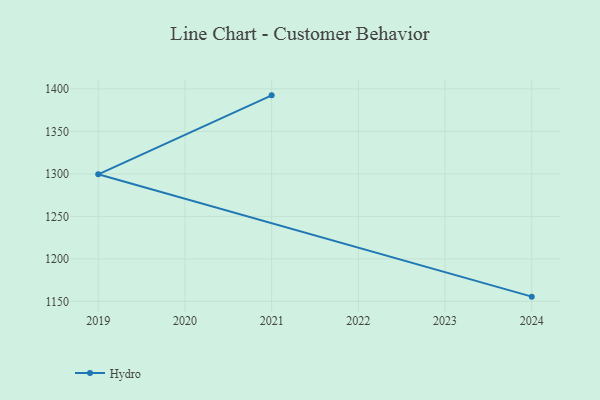
{"axis": {"x": "Year", "y": "Conversion Rate (%)"}, "legend": ["Hydro"], "data": [{"x": "2021", "y": 1392.4, "type": "Hydro"}, {"x": "2019", "y": 1299.5, "type": "Hydro"}, {"x": "2024", "y": 1155.5, "type": "Hydro"}]}